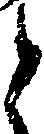
と